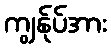
ကျွန်ုပ်အား